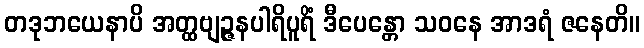
တဒုဘယေနာပိ အတ္ထဗျဉ္ဇနပါရိပူရိံ ဒီပေန္တော သဝနေ အာဒရံ ဇနေတိ။